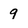
Character: 9